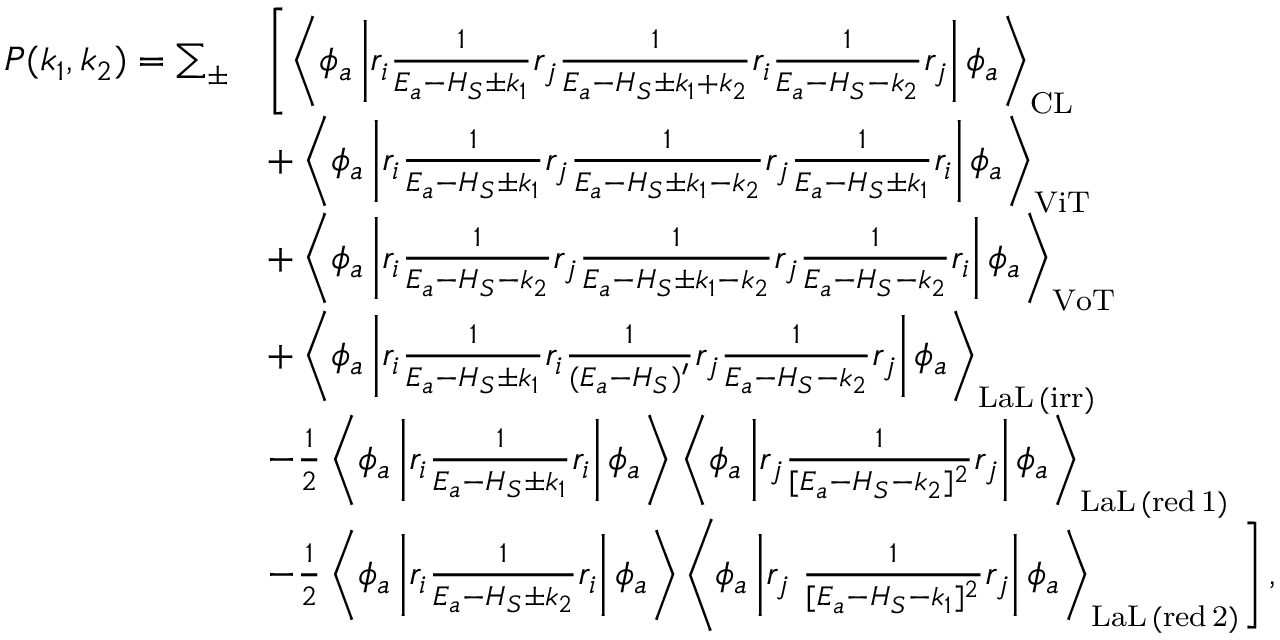
\begin{array} { r l } { P ( k _ { 1 } , k _ { 2 } ) = \sum _ { \pm } } & { \left[ \left\langle \phi _ { a } \left| r _ { i } \frac { 1 } { E _ { a } - H _ { S } \pm k _ { 1 } } r _ { j } \frac { 1 } { E _ { a } - H _ { S } \pm k _ { 1 } + k _ { 2 } } r _ { i } \frac { 1 } { E _ { a } - H _ { S } - k _ { 2 } } r _ { j } \right| \phi _ { a } \right\rangle _ { \mathrm { C L } } \right. } \\ & { + \left\langle \phi _ { a } \left| r _ { i } \frac { 1 } { E _ { a } - H _ { S } \pm k _ { 1 } } r _ { j } \frac { 1 } { E _ { a } - H _ { S } \pm k _ { 1 } - k _ { 2 } } r _ { j } \frac { 1 } { E _ { a } - H _ { S } \pm k _ { 1 } } r _ { i } \right| \phi _ { a } \right\rangle _ { \mathrm { V i T } } } \\ & { + \left\langle \phi _ { a } \left| r _ { i } \frac { 1 } { E _ { a } - H _ { S } - k _ { 2 } } r _ { j } \frac { 1 } { E _ { a } - H _ { S } \pm k _ { 1 } - k _ { 2 } } r _ { j } \frac { 1 } { E _ { a } - H _ { S } - k _ { 2 } } r _ { i } \right| \phi _ { a } \right\rangle _ { \mathrm { V o T } } } \\ & { + \left\langle \phi _ { a } \left| r _ { i } \frac { 1 } { E _ { a } - H _ { S } \pm k _ { 1 } } r _ { i } \frac { 1 } { ( E _ { a } - H _ { S } ) ^ { \prime } } r _ { j } \frac { 1 } { E _ { a } - H _ { S } - k _ { 2 } } r _ { j } \right| \phi _ { a } \right\rangle _ { \mathrm { L a L \, ( i r r ) } } } \\ & { - \frac { 1 } { 2 } \left\langle \phi _ { a } \left| r _ { i } \frac { 1 } { E _ { a } - H _ { S } \pm k _ { 1 } } r _ { i } \right| \phi _ { a } \right\rangle \left\langle \phi _ { a } \left| r _ { j } \frac { 1 } { [ E _ { a } - H _ { S } - k _ { 2 } ] ^ { 2 } } r _ { j } \right| \phi _ { a } \right\rangle _ { \mathrm { L a L \, ( r e d \, 1 ) } } } \\ & { - \frac { 1 } { 2 } \left\langle \phi _ { a } \left| r _ { i } \frac { 1 } { E _ { a } - H _ { S } \pm k _ { 2 } } r _ { i } \right| \phi _ { a } \right\rangle \left\langle \phi _ { a } \left| r _ { j } \left. \frac { 1 } { [ E _ { a } - H _ { S } - k _ { 1 } ] ^ { 2 } } r _ { j } \right| \phi _ { a } \right\rangle _ { \mathrm { L a L \, ( r e d \, 2 ) } } \right] , } \end{array}